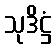
သုဒိဋ္ဌံ